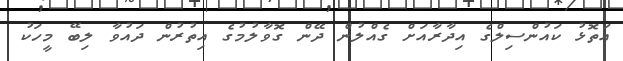
އަތޮޅު ކައުންސިލްގެ އިދާރާއަށް ގެއްލުން ދޭން ގޮވާލުމުގެ އިތުރުން ދައުވާ ލިބޭ މީހަކު